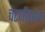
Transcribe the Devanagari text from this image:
चटणीबरोबर